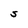
Character: S